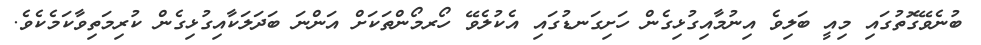
ބުނެވޭގޮތުގައި މިއީ ބަލިވެ އިނުމާއިގުޅިގެން ހަށިގަނޑުގައި އެކުލެވޭ ހޯރމޯންތަކަށް އަންނަ ބަދަލަކާއިގުޅިގެން ކުރިމަތިވާކަމެކެވެ.